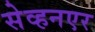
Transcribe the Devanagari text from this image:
सेव्हनएर